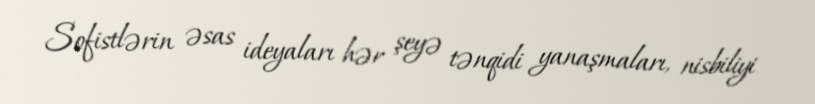
Sofistlərin əsas ideyaları hər şeyə tənqidi yanaşmaları, nisbiliyi